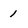
Character: 1